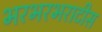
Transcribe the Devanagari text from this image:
भरभरभराटीस